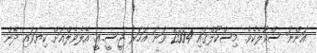
އަންނަ ސްކޫލެކެވެ. މިސްކޫލްގައި 2004 ވަނަ އަހަރު ޖީ.ސީ.އީ. އޭލެވެލްއަށް ކިޔަވައި ދޭން